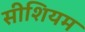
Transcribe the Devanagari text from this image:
सीशियम